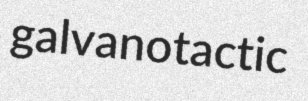
galvanotactic